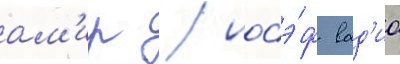
ам'ир / иосэф вад'иа